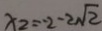
x _ { 2 } = - 2 - 2 \sqrt { 2 }